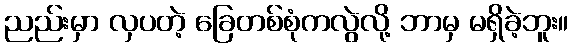
ညည်းမှာ လှပတဲ့ ခြေတစ်စုံကလွဲလို့ ဘာမှ မရှိခဲ့ဘူး။